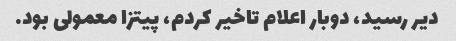
دیر رسید، دوبار اعلام تاخیر کردم، پیتزا معمولی بود.